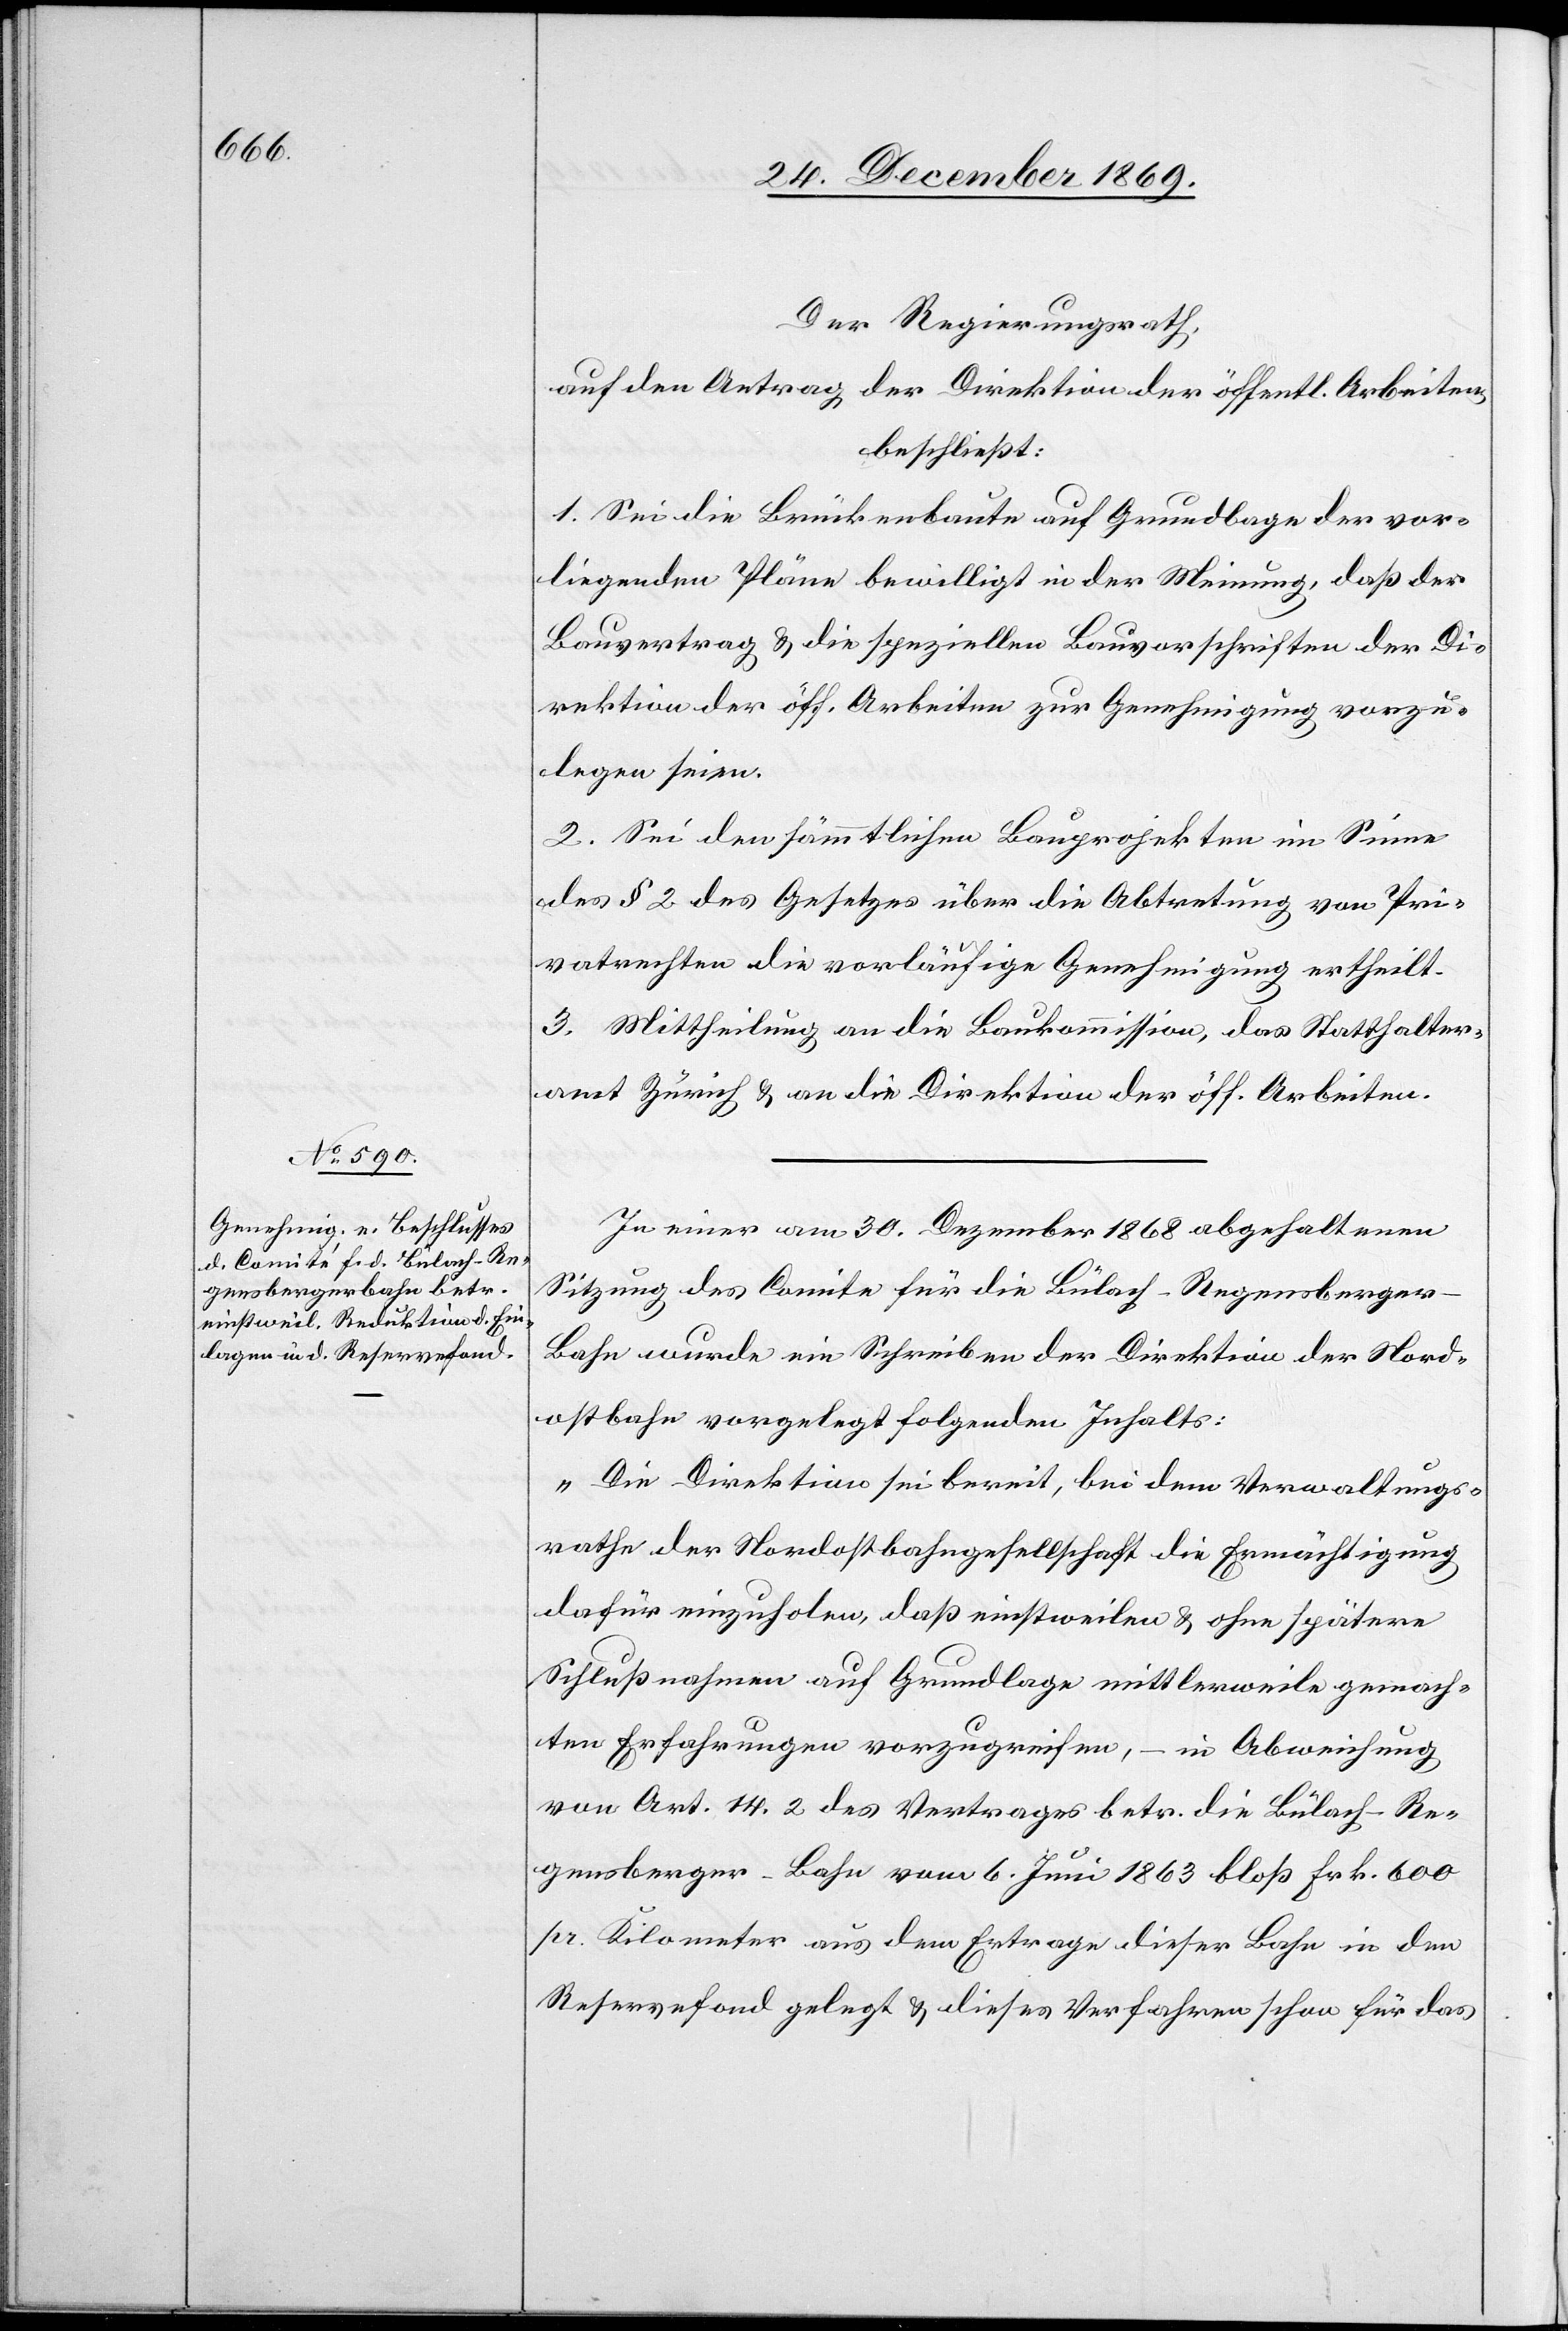
Der Regierungsrath,
auf den Antrag der Direktion der öffentl. Arbeiten,
beschließt:
1. Sei die Brückenbaute auf Grundlage der vor¬
liegenden Pläne bewilligt in der Meinung, daß der
Bauvertrag & die speziellen Bauvorschriften der Di¬
rektion der öff. Arbeiten zur Genehmigung vorzu¬
legen seien.
2. Sei den sämmtlichen Bauprojekten im Sinne
des § 2 des Gesetzes über die Abtretung von Pri¬
vatrechten die vorläufige Genehmigung ertheilt.
3. Mittheilung an die Baukommission, das Statthalter¬
amt Zürich & an die Direktion der öff. Arbeiten.
In einer am 30. Dezember 1868 abgehaltenen
Sitzung des Comite für die Bülach-Regensberge¬
r-Bahn wurde ein Schreiben der Direktion der Nord¬
ostbahn vorgelegt folgenden Inhalts:
„Die Direktion sei bereit, bei dem Verwaltungs¬
rathe der Nordostbahngesellschaft die Ermächtigung
dafür einzuholen, daß einstweilen & ohne spätere
Schlußnahmen auf Grundlage mittlerweile gemach¬
ten Erfahrungen vorzugreifen, – in Abweichung
von Art. 14.2 des Vertrages betr. die Bülach-Re¬
gensberger-Bahn vom 6. Juni 1863 bloß Frk. 600
pr. Kilometer aus dem Ertrage dieser Bahn in den
Reservefond gelegt & dieses Verfahren schon für das